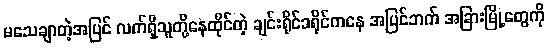
မသေချာတဲ့အပြင် လက်ရှိသူတို့နေထိုင်တဲ့ ချင်းရိုင်ခရိုင်ကနေ အပြင်ဘက် အခြားမြို့တွေကို